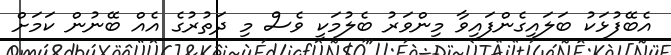
އެބޭފުޅަކު ބަލައިގެންފައިވާ މިންވަރު ބެލުމަކީ ވެސް މި ދަތުރުގެ އެއް ބޭނުން ކަމަށް